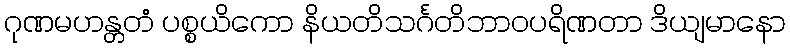
ဂုဏမဟန္တတံ ပစ္စယိကော နိယတိသင်္ဂတိဘာဝပရိဏတာ ဒိယျမာနော